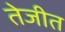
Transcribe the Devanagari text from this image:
तेजीत